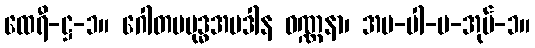
ထေရီ-ဋ္ဌ-၁။ ဂေါတမဗုဒ္ဓအပဒါန ဝဏ္ဏနာ၊ အပ-ပါ-ပ-အုပ်-၁။